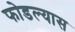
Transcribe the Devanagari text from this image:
फोडल्यास